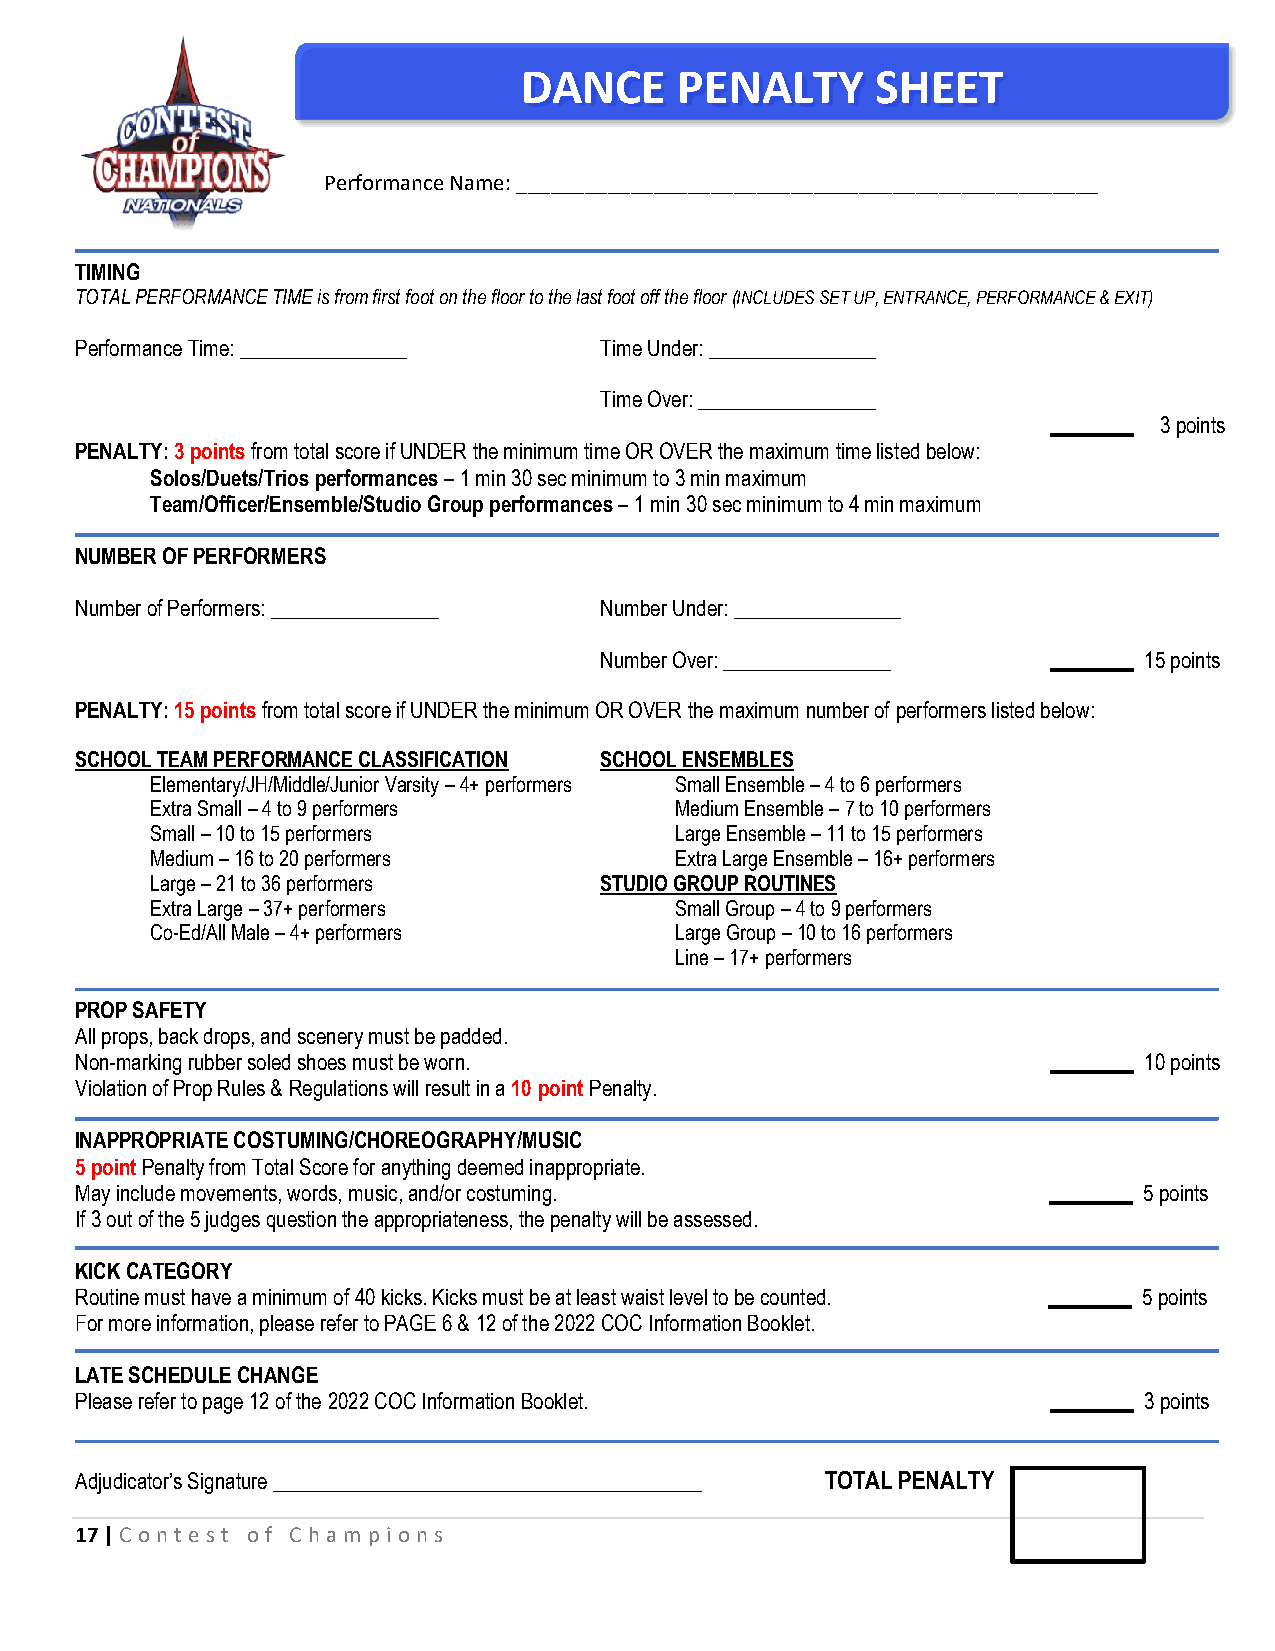
DANCE      PENALTY      SHEET
 Performance Name: ___________________________________________________
 TIMING
 TOTAL PERFORMANCE TIME is from first foot on the floor to the last foot off the floor (INCLUDES SET UP, ENTRANCE, PERFORMANCE & EXIT)
 Performance Time: ________________ Time Under: ________________
 Time Over: _________________
 ________ 3 points
 PENALTY: 3 points from total score if UNDER the minimum time OR OVER the maximum time listed below:
 Solos/Duets/Trios performances – 1 min 30 sec minimum to 3 min maximum
 Team/Officer/Ensemble/Studio Group performances – 1 min 30 sec minimum to 4 min maximum
 NUMBER OF PERFORMERS
 Number of Performers: ________________ Number Under: ________________
 Number Over: ________________ ________ 15 points
 PENALTY: 15 points from total score if UNDER the minimum OR OVER the maximum number of performers listed below:
 SCHOOL TEAM PERFORMANCE CLASSIFICATION SCHOOL ENSEMBLES
 Elementary/JH/Middle/Junior Varsity – 4+ performers Small Ensemble – 4 to 6 performers
 Extra Small – 4 to 9 performers    Medium Ensemble – 7 to 10 performers
 Small – 10 to 15 performers        Large Ensemble – 11 to 15 performers
 Medium – 16 to 20 performers       Extra Large Ensemble – 16+ performers
 Large – 21 to 36 performers   STUDIO GROUP ROUTINES
 Extra Large – 37+ performers       Small Group – 4 to 9 performers
 Co-Ed/All Male – 4+ performers     Large Group – 10 to 16 performers
 Line – 17+ performers
 PROP SAFETY
 All props, back drops, and scenery must be padded.
 Non-marking rubber soled shoes must be worn.                     ________ 10 points
 Violation of Prop Rules & Regulations will result in a 10 point Penalty.
 INAPPROPRIATE COSTUMING/CHOREOGRAPHY/MUSIC
 5 point Penalty from Total Score for anything deemed inappropriate.
 May include movements, words, music, and/or costuming.          ________ 5 points
 If 3 out of the 5 judges question the appropriateness, the penalty will be assessed.
 KICK CATEGORY
 Routine must have a minimum of 40 kicks. Kicks must be at least waist level to be counted. ________ 5 points
 For more information, please refer to PAGE 6 & 12 of the 2022 COC Information Booklet.
 LATE SCHEDULE CHANGE
 Please refer to page 12 of the 2022 COC Information Booklet.     ________ 3 points
 Adjudicator’s Signature _________________________________________ TOTAL PENALTY
 17 | C ont e st of C hampions